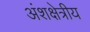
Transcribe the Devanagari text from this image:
अंशक्षेत्रीय